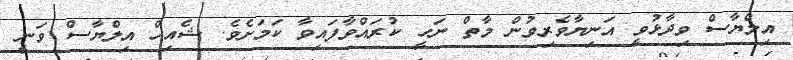
އިލްޔާސް ވިދާޅުވީ އަނިޔާވެރިވުން މާތް ނަހީ ކުރައްވާފައިވާ ކަމަށެވެ. ޝެއިހް އިލްޔާސް ވަނީ